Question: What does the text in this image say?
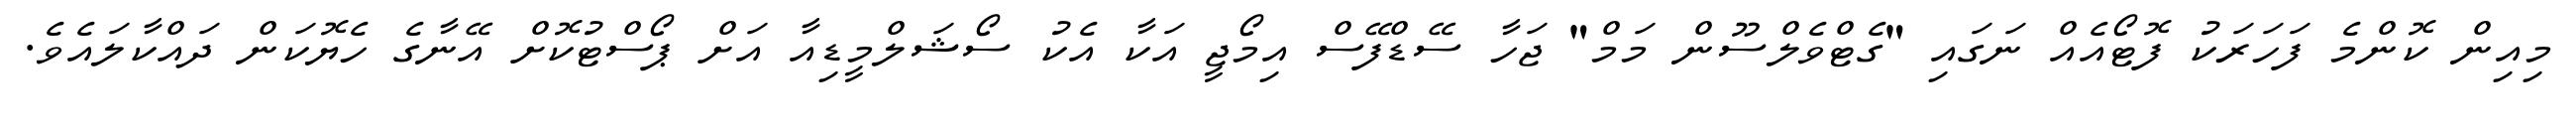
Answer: މިއިން ކޮންމެ ފަހަރަކު ފޮޓޯއެއް ނަގައި "ގެޓްވެލްސޫން މަމް" ޖަހާ ސޭޑްފޭސް އިމޯޖީ އަކާ އެކު ސޯޝަލްމީޑިއާ އަށް ޕޯސްޓުކޮށް އޭނާގެ ހެޔޮކަން ދައްކާލައެވެ.